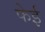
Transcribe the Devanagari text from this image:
फेई